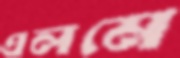
এলমে